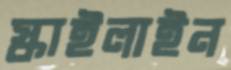
স্কাইলাইন